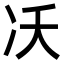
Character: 㓇